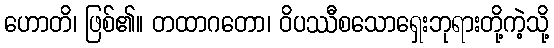
ဟောတိ၊ ဖြစ်၏။ တထာဂတော၊ ဝိပဿီစသောရှေးဘုရားတို့ကဲ့သို့